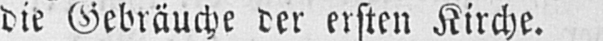
die Gebräuche der ersten Kirche.